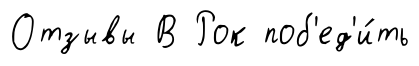
Отзывы В Рок поб'ед'и́ть